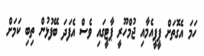
ހަމަ އެގޮތަށް ޕީޕީއެމާއި ޖުމްހޫރީ ޕާޓީގައި ވެސް އެފަދަ ބޭފުޅުން ތިބި ކަމަށް